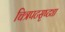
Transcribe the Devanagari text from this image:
चित्रपटसृष्ट्या